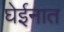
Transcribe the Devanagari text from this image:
घेईनात